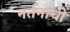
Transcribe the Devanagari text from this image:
नर्तनाची